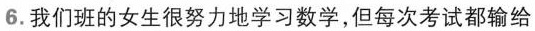
6.我们班的女生很努力地学习数学，但每次考试都输给